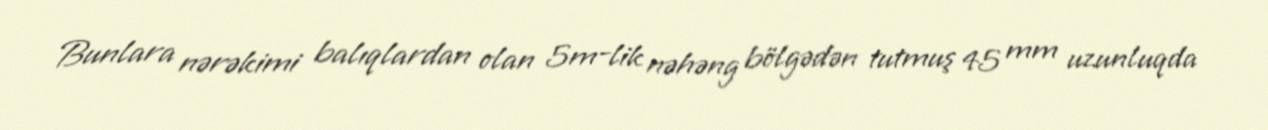
Bunlara nərəkimi balıqlardan olan 5m-lik nəhəng bölgədən tutmuş 45 mm uzunluqda